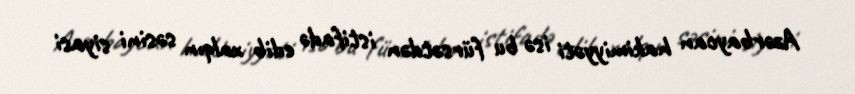
Azərbaycan hakimiyyəti isə bu fürsətdən istifadə edib xalqın səsini siyasi